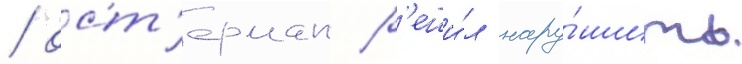
/ ост'ерман р'еши́л нару́шить